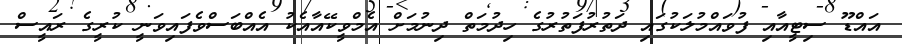
އައްޑޫ ސިޓީއާއި ފުވައްމުލަކުގައި ދަތުރުފަތުރުގެ ހިދުމަތް ދިނުމަށް އެމްވީކޭއާއެކު އެއްބަސްވެފައިވަނީ ކުރީގެ ރައީސް